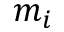
m _ { i }